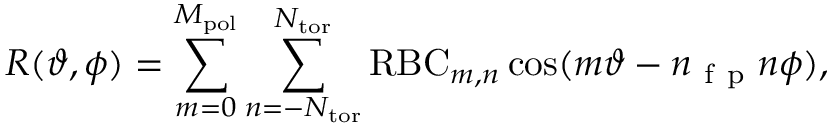
R ( \vartheta , \phi ) = \sum _ { m = 0 } ^ { M _ { \mathrm { p o l } } } \sum _ { n = - N _ { \mathrm { t o r } } } ^ { N _ { \mathrm { t o r } } } \mathrm { R B C } _ { m , n } \cos ( m \vartheta - n _ { \mathrm { ~ f ~ p ~ } } n \phi ) ,